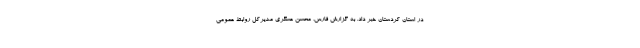
در استان کردستان خبر داد. به گزارش فارس، محسن عسگری مدیرکل روابط عمومی